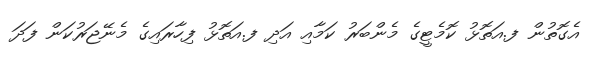
އެގޮތުން ފ.އަތޮޅު ކޮމެޓީގެ މެންބަރު ކަމާއި އަދި ފ.އަތޮޅު ފިހާރައިގެ މެނޭޖަރުކަން ފަދަ